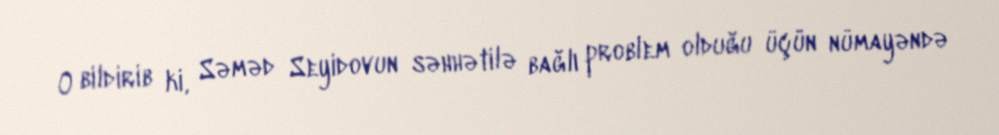
O bildirib ki, Səməd Seyidovun səhhətilə bağlı problem olduğu üçün nümayəndə